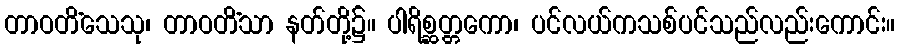
တာဝတိံသေသု၊ တာဝတိံသာ နတ်တို့၌။ ပါရိစ္ဆတ္တကော၊ ပင်လယ်ကသစ်ပင်သည်လည်းကောင်း။